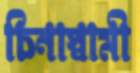
চিনাস্বামী